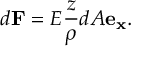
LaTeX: d \mathbf { F } = E { \frac { z } { \rho } } d A \mathbf { e _ { x } } .